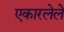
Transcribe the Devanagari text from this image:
एकारलेले